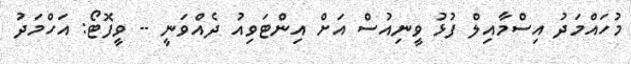
މުހައްމަދު އިސްމާއިލް ފުޅު ވީނިއުސް އަށް އިންޓަވިއު ދެއްވަނީ -- ވީފޮޓޯ: އަހްމަދު